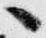
へ